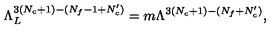
\Lambda _ { L } ^ { 3 ( N _ { c } + 1 ) - ( N _ { f } - 1 + N _ { c } ^ { \prime } ) } = m \Lambda ^ { 3 ( N _ { c } + 1 ) - ( N _ { f } + N _ { c } ^ { \prime } ) } ,